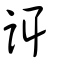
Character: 誀